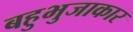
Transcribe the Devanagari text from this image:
बहुभुजाकार